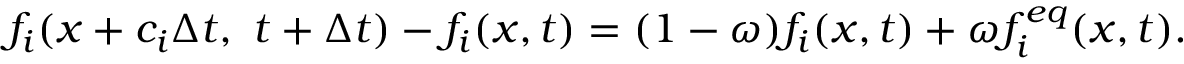
f _ { i } ( x + c _ { i } \Delta t , ~ t + \Delta t ) - f _ { i } ( x , t ) = ( 1 - \omega ) f _ { i } ( x , t ) + \omega f _ { i } ^ { e q } ( x , t ) .